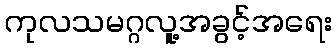
ကုလသမဂ္ဂလူ့အခွင့်အရေး